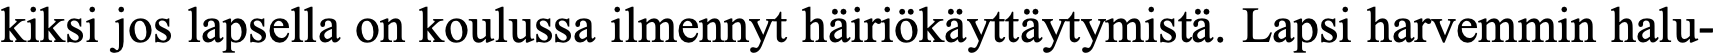
kiksi jos lapsella on koulussa ilmennyt häiriökäyttäytymistä. Lapsi harvemmin halu-